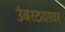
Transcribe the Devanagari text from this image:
उंबरठय़ावर